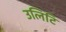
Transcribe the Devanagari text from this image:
उलिटि